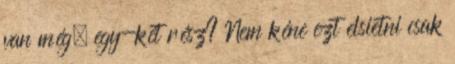
van még, egy-két rész? Nem kéne ezt elsietni csak